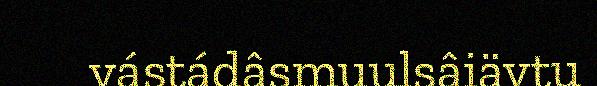
vástádâsmuulsâiävtu